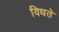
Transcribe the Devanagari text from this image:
विधते